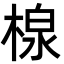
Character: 楾